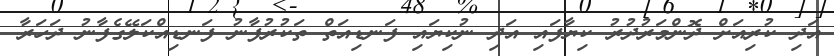
އަދި ކުރިއަށް ދޮންމަރުދުރު ކިޔާފައި އަދި ނުކިޔައި ފަނޑިއަތް ތަކުރުފާނު ފަނޑިއްކަލޭގެފާނު ދަހަރާ